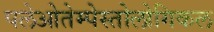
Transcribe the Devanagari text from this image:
पलेओतेम्पेस्तोलोगिकल